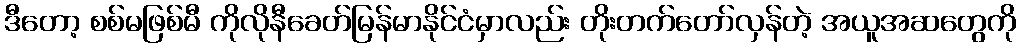
ဒီတော့ စစ်မဖြစ်မီ ကိုလိုနီခေတ်မြန်မာနိုင်ငံမှာလည်း တိုးတက်တော်လှန်တဲ့ အယူအဆတွေကို